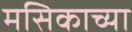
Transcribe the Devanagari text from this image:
मसिकाच्या